Report of the Indian Hemp Drugs Commission, 1894-1895 - Volume IV
Year: 1894
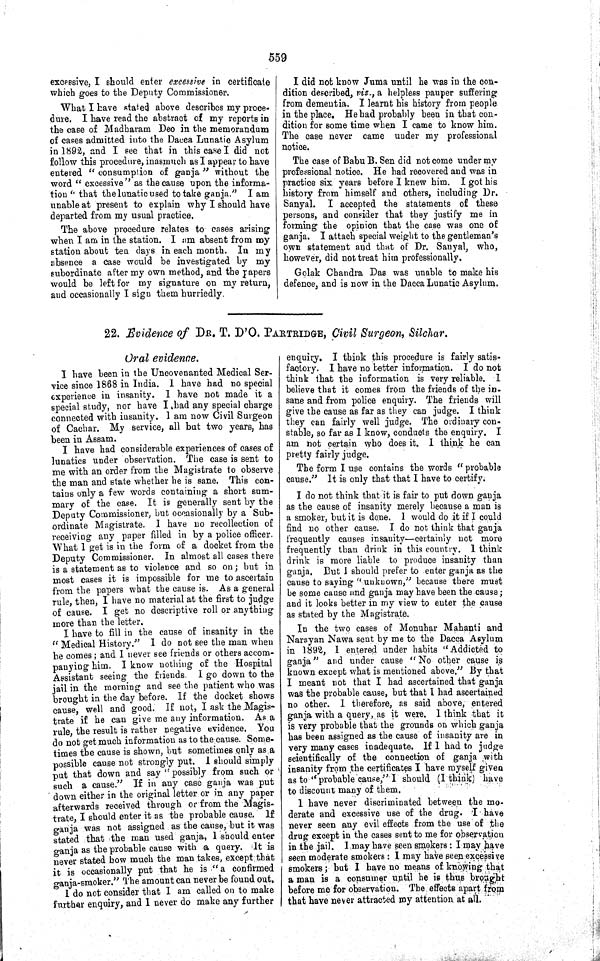
559
excessive, I should enter excessive in certificate
which goes to the Deputy Commissioner.
What I have stated above describes my proce-
dure. I have read the abstract of my reports in
the case of Madharam Deo in the memorandum
of cases admitted into the Dacca Lunatic Asylum
in 1892, and I see that in this case I did not
follow this procedure, inasmuch as I appear to have
entered "consumption of ganja" without the
word "excessive" as the cause upon the informa-
tion "that the lunatic used to take ganja." I am
unable at present to explain why I should have
departed from my usual practice.
The above procedure relates to cases arising
when I am in the station. I am absent from my
station about ten days in each month. In my
absence a case would be investigated by my
subordinate after my own method, and the papers
would be left for my signature on my return,
and occasionally I sign them hurriedly.
I did not know Juma until he was in the con-
dition described, viz., a helpless pauper suffering
from dementia. I learnt his history from people
in the place. He had probably been in that con-
dition for some time when I came to know him.
The case never came under my professional
notice.
The case of Babu B. Sen did not come under my
professional notice. He had recovered and was in
practice six years before I knew him. I got his
history from himself and others, including Dr.
Sanyal. I accepted the statements of these
persons, and consider that they justify me in
forming the opinion that the case was one of
ganja. I attach special weight to the gentleman's
own statement and that of Dr. Sanyal, who,
however, did not treat him professionally.
Golak Chandra Das was unable to make his
defence, and is now in the Dacca Lunatic Asylum.
22. Evidence of DR. T. D'O. PARTRIDGE, Civil Surgeon, Silchar.
Oral evidence.
I have been in the Uncovenanted Medical Ser-
vice since 1868 in India. I have had no special
experience in insanity. I have not made it a
special study, nor have I had any special charge
connected with insanity. I am now Civil Surgeon
of Cachar. My service, all but two years, has
been in Assam.
I have had considerable experiences of cases of
lunatics under observation. The case is sent to
me with an order from the Magistrate to observe
the man and state whether he is sane. This con-
tains only a few words containing a short sum-
mary of the case. It is generally sent by the
Deputy Commissioner, but occasionally by a Sub-
ordinate Magistrate. I have no recollection of
receiving any paper filled in by a police officer.
What I get is in the form of a docket from the
Deputy Commissioner. In almost all cases there
is a statement as to violence and so on; but in
most cases it is impossible for me to ascertain
from the papers what the cause is. As a general
rule, then, I have no material at the first to judge
of cause. I get no descriptive roll or anything
more than the letter.
I have to fill in the cause of insanity in the
"Medical History." I do not see the man when
he comes; and I never see friends or others accom-
panying him. I know nothing of the Hospital
Assistant seeing the friends. I go down to the
jail in the morning and see the patient who was
brought in the day before. If the docket shows
cause, well and good. If not, I ask the Magis-
trate if he can give me any information. As a
rule, the result is rather negative evidence. You
do not get much information as to the cause. Some-
times the cause is shown, but sometimes only as a
possible cause not strongly put. I should simply
put that down and say "possibly from such or
such a cause." If in any case ganja was put
down either in the original letter or in any paper
afterwards received through or from the Magis-
trate, I should enter it as the probable cause.
If
ganja was not assigned as the cause, but it was
stated that the man used ganja, I should enter
ganja as the probable cause with a query. It is
never stated how much the man takes, except that
it is occasionally put that he is "a confirmed
ganja-smoker." The amount can never be found out.
I
do not consider that I am called on to make
further enquiry, and I never do make any further
enquiry. I think this procedure is fairly satis-
factory. I have no better information. I do not
think that the information is very reliable.
I
believe that it comes from the friends of the in-
sane and from police enquiry. The friends will
give the cause as far as they can judge. I think
they can fairly well judge. The ordinary con-
stable, so far as I know, conducts the enquiry.
I
am not certain who does it. I think he can
pretty fairly judge.
The form I use contains the words "probable
cause." It is only that that I have to certify.
I do not think that it is fair to put down ganja
as the cause of insanity merely because a man is
a smoker, but it is done. I would do it if I could
find no other cause. I do not think that ganja
frequently causes insanity—certainly not more
frequently than drink in this country. I think
drink is more liable to produce insanity than
ganja. But I should prefer to enter ganja as the
cause to saying "unknown," because there must
be some cause and ganja may have been the cause;
and it looks better in my view to enter the cause
as stated by the Magistrate.
In the two cases of Monuhar Mahanti and
Narayan Nawa sent by me to the Dacca Asylum
in 1892, I entered under habits "Addicted to
ganja" and under cause "No other cause is
known except what is mentioned above." By that
I meant not that I had ascertained that ganja
was the probable cause, but that I had ascertained
no other. I therefore, as said above, entered
ganja with a query, as it were. I think that it
is very probable that the grounds on which ganja
has been assigned as the cause of insanity are in
very many cases inadequate. If I had to judge
scientifically of the connection of ganja with
insanity from the certificates I have myself given
as to "probable cause," I should (I think) have
to discount many of them.
I have never discriminated between the mo-
derate and excessive use of the drug. I have
never seen any evil effects from the use of the
drug except in the cases sent to me for observation
in the jail. I may have seen smokers: I may have
seen moderate smokers: I may have seen excessive
smokers; but I have no means of knowing that
a man is a consumer until he is thus brought
before me for observation. The effects apart from
that have never attracted my attention at all.